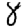
Digit: 8